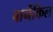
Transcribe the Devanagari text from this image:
बार्नेकिल